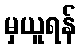
မှယူရန်